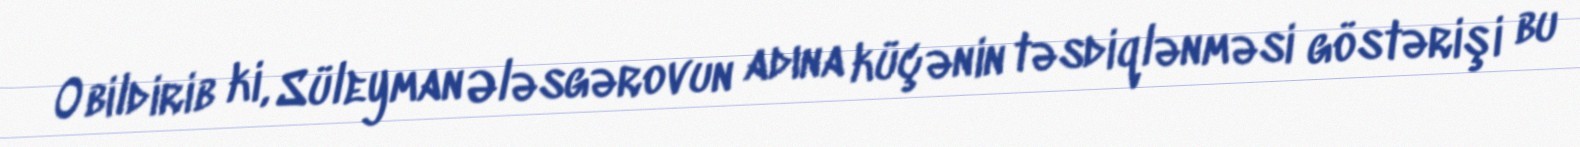
O bildirib ki, Süleyman Ələsgərovun adına küçənin təsdiqlənməsi göstərişi bu